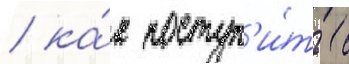
/ ка́к поступ'и́ть с